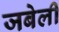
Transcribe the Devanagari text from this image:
जबेली